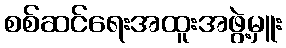
စစ်ဆင်ရေးအထူးအဖွဲ့မှူး